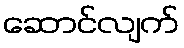
ဆောင်လျက်